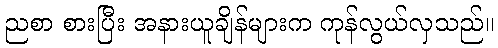
ညစာ စားပြီး အနားယူချိန်များက ကုန်လွယ်လှသည်။